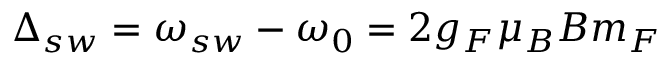
\Delta _ { s w } = \omega _ { s w } - \omega _ { 0 } = 2 g _ { F } \mu _ { B } B m _ { F }